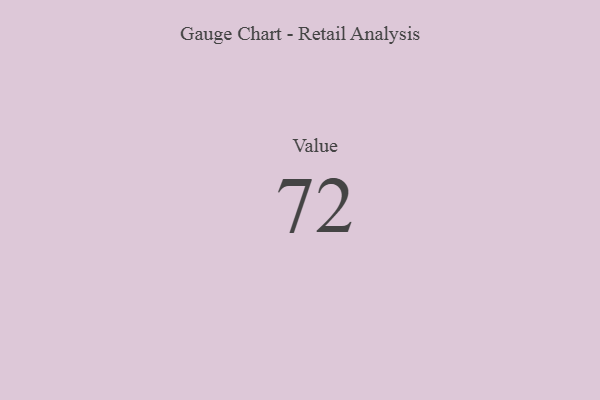
{"axis": {"x": "Metric", "y": "Value"}, "legend": [""], "data": [{"x": "Value", "y": 72, "type": ""}]}